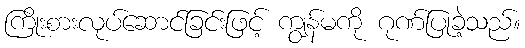
ကြိုးစားလုပ်ဆောင်ခြင်းဖြင့် ကျွန်မကို ဂုဏ်ပြုခဲ့သည်။